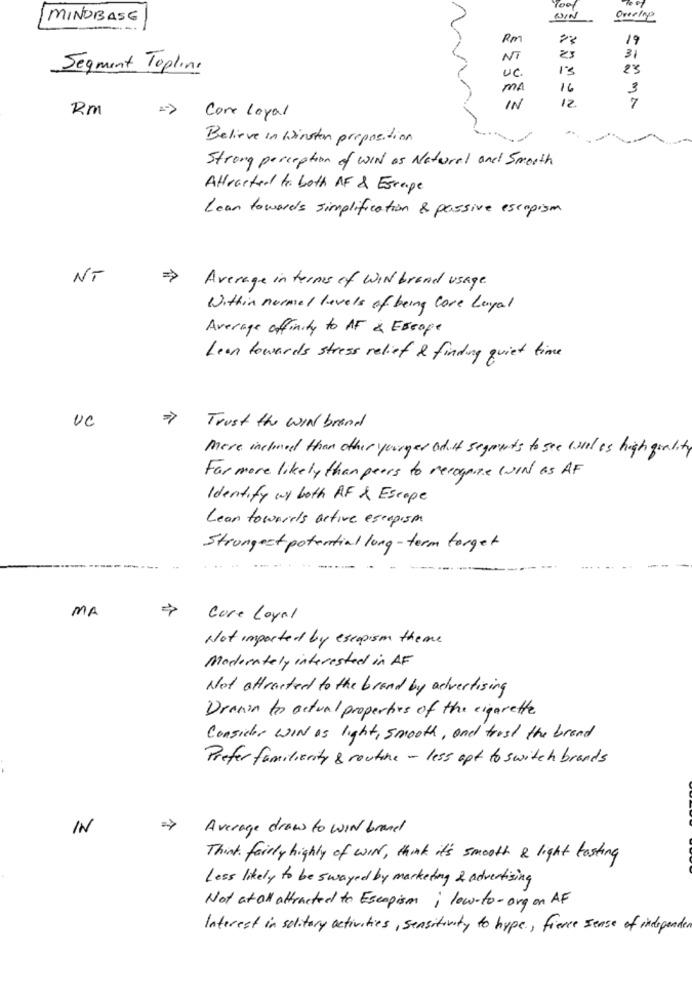
MINOBASE
WIN
Rm
19
NT
31
Segment Topline
UC.
23
MA
16
3
12
7
Rm
IN
Core loyal
Believe in Winsten proposition
Strong perception of WIN as Natural and Smooth
Attracted to. both AF & Escape
Lean towards simplification & passive escapism
NT
>
Average in terms of WIN brand usage.
Within normal levels of being Core Loyal
Average affinity to AF & Escope
Lean towards stress relief & finding quiet time
UC
Trust the WIN brand
More inclined than other younger ad it segments to see well as high quality
Far more likely than peers to recognize WIN as AF
Identify wy both AF & Escape
Lean towards active escapism
Strongest potential long-term torget
MA
Core Loyal
Not imported by escapism theme
Moderately interested in AF
Not attracted to the brand by advertising
Dranin to actual properties of the cigarette
Consider WIN as light , smooth , and trust the brand
Prefer familiarity & routine - less opt to switch brands
IN
Average drow to WIN brand
Think . fairly highly of WIN , think it's smooth & light tasting
Less likely to be swayed by marketing & advertising
Not at all attracted to Escapism ; low-to-ong on AF
Interest in solitary activities , sensitivity to hype ., fierce sense of independer